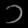
Digit: ၁